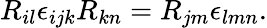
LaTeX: R_{il}\epsilon_{ijk}R_{kn}=R_{jm}\epsilon_{lmn}.